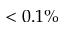
< 0 . 1 \%